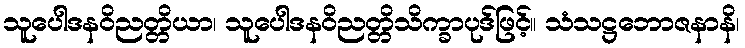
သူပေါဒနဝိညတ္တိယာ၊ သူပေါဒနဝိညတ္တိသိက္ခာပုဒ်ဖြင့်။ သံသဋ္ဌဘောဇနာနိ၊